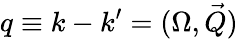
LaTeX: q\equiv k-k^{\prime}=(\Omega,\vec{Q})